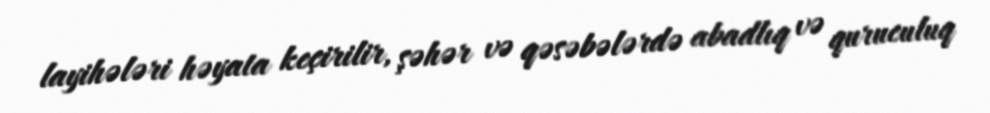
layihələri həyata keçirilir, şəhər və qəsəbələrdə abadlıq və quruculuq